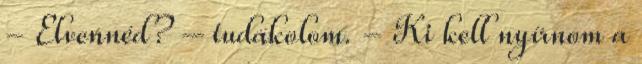
- Elvennéd? – tudakolom. - Ki kell nyírnom a